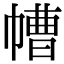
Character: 㡟